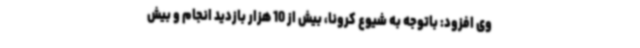
وی افزود: باتوجه به شیوع کرونا، بیش از 10 هزار بازدید انجام و بیش